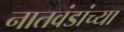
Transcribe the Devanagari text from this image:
नातवंडांच्या